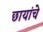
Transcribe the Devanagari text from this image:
छायांचे